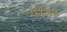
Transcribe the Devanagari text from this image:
फेलिश